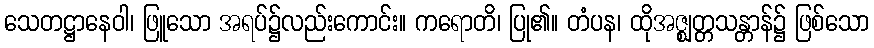
သေတဋ္ဌာနေဝါ၊ ဖြူသော အရပ်၌လည်းကောင်း။ ကရောတိ၊ ပြု၏။ တံပန၊ ထိုအဇ္ဈတ္တသန္တာန်၌ ဖြစ်သော